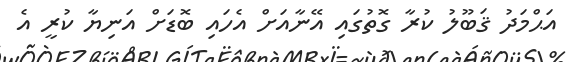
އަޙްމަދު ޤަބޫލު ކުރާ ގޮތުގައި އޭނާއަށް އެހައި ބޮޑަށް އަނިޔާ ކުރީ އެ